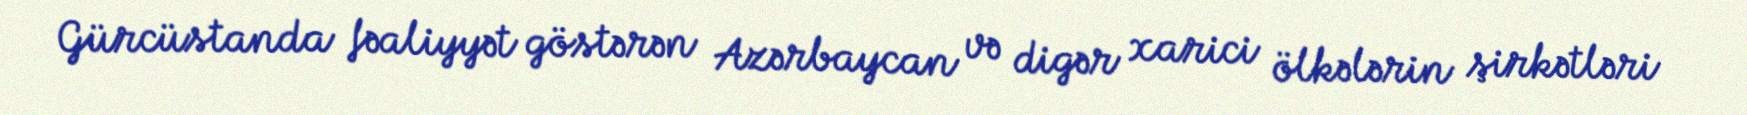
Gürcüstanda fəaliyyət göstərən Azərbaycan və digər xarici ölkələrin şirkətləri